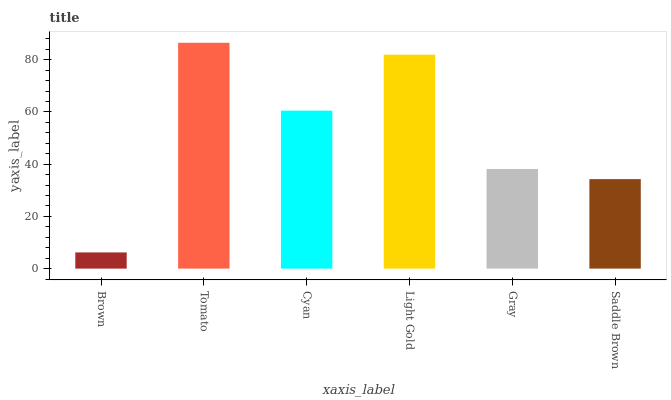
| xaxis_label | bars |
 | --- | --- |
 | Brown | 6.2 |
 | Tomato | 86.5 |
 | Cyan | 60.5 |
 | Light Gold | 82 |
 | Gray | 38.2 |
 | Saddle Brown | 34.3 |